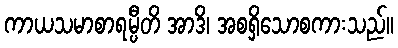
ကာယသမာစာရမ္ပီတိ အာဒိ၊ အစရှိသောစကားသည်။